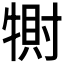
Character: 𤛀